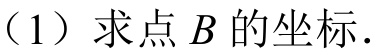
（1）求点\(B\)的坐标.